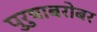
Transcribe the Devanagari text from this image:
पुरुषाबरोबर